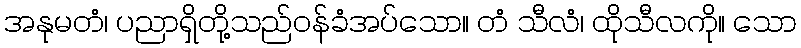
အနုမတံ၊ ပညာရှိတို့သည်ဝန်ခံအပ်သော။ တံ သီလံ၊ ထိုသီလကို။ သော